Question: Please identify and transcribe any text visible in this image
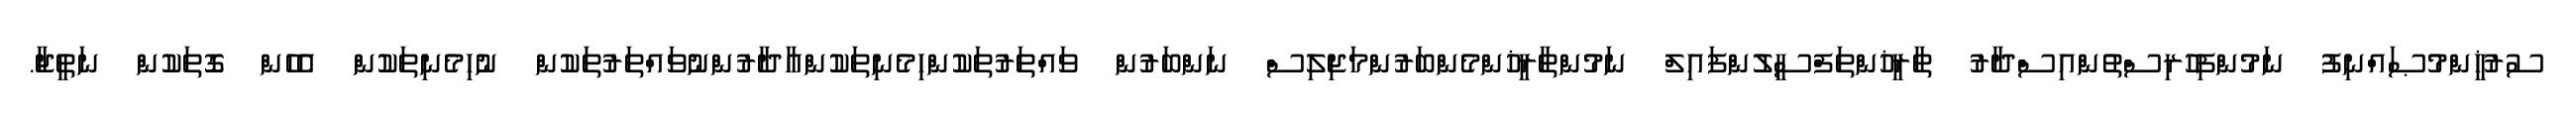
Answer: ސުރުޚީންމުޞައްނިފު ނަމުންފިހުރިސްތުންއިސްދާރު ތާރީޚުންތަފްސީލުންފައިލް ނަމުންތާރީޚުންމެންބަރުންމަޖިލިސް ނަންބަރުން ވައްތަރުތަކުންހިމެނިތަކުންއާދާރުންނުވައްތަރުތަކުން ނުހިމެނިތަކުން އެހެން ގޮތަކުން ނަތީޖާ.